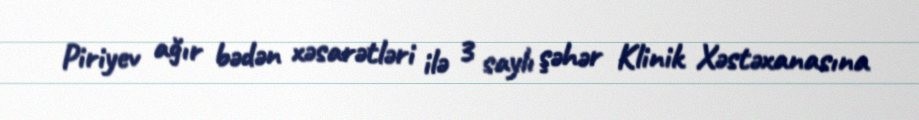
Piriyev ağır bədən xəsarətləri ilə 3 saylı şəhər Klinik Xəstəxanasına